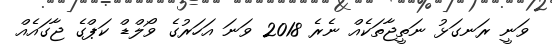
ވަނީ ރަނގަޅު ނަތީޖާތަކެއް ނެރެ 2018 ވަނަ އަހަރުގެ ވޯލްޑް ކަޕްގެ ޖާގައެއް